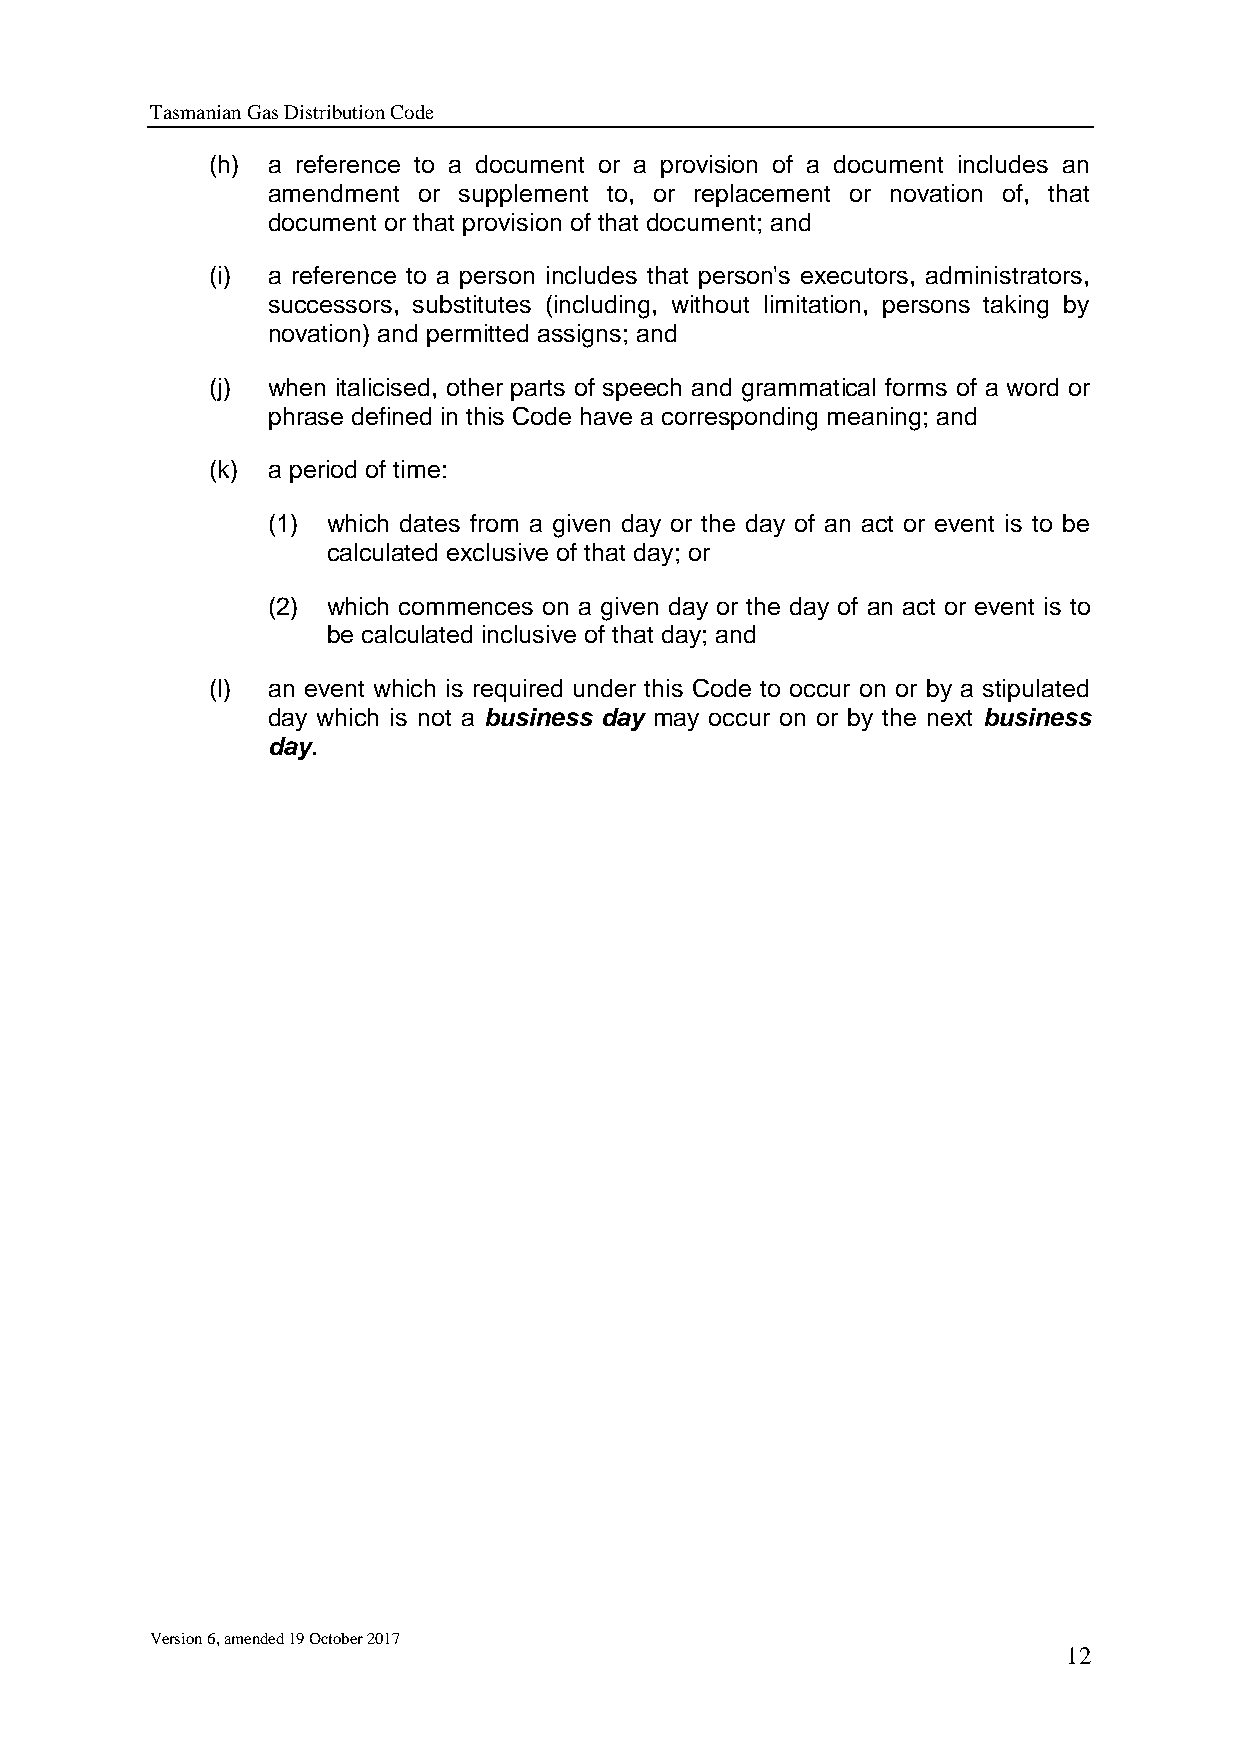
Tasmanian Gas Distribution Code
 (h) a reference to a document or a provision of a document includes an
 amendment or supplement to, or replacement or novation of, that
 document or that provision of that document; and
 (i) a reference to a person includes that person's executors, administrators,
 successors, substitutes (including, without limitation, persons taking by
 novation) and permitted assigns; and
 (j) when italicised, other parts of speech and grammatical forms of a word or
 phrase defined in this Code have a corresponding meaning; and
 (k) a period of time:
 (1) which dates from a given day or the day of an act or event is to be
 calculated exclusive of that day; or
 (2) which commences on a given day or the day of an act or event is to
 be calculated inclusive of that day; and
 (l) an event which is required under this Code to occur on or by a stipulated
 day which is not a business day may occur on or by the next business
 day.
 Version 6, amended 19 October 2017
 12